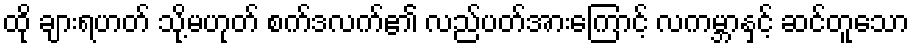
ထို ချားရဟတ် သို့မဟုတ် စက်ဒလက်၏ လည်ပတ်အားကြောင့် လကမ္ဘာနှင့် ဆင်တူသော